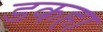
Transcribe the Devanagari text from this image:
डकहा